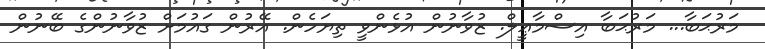
މަރުޙަބާ... މަރުޙަބާ އިސްމާޢީލް. ޒުވާނުން އުޅެންވީ ތިޔަހެން. އޭރުން ގައުމަށް ޒުވާނުންގެ ބޭނުން